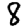
Digit: 8